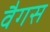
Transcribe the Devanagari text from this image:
वैगस